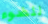
للضوء